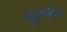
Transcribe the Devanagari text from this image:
ह्यूर्मन